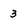
Character: 3